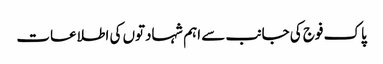
پاک فوج کی جانب سے اہم شہادتوں کی اطلاعات